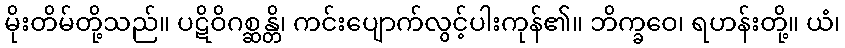
မိုးတိမ်တို့သည်။ ပဋိဝိဂစ္ဆန္တိ၊ ကင်းပျောက်လွင့်ပါးကုန်၏။ ဘိက္ခဝေ၊ ရဟန်းတို့။ ယံ၊